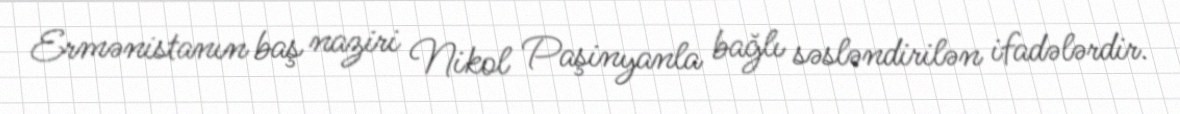
Ermənistanın baş naziri Nikol Paşinyanla bağlı səsləndirilən ifadələrdir.